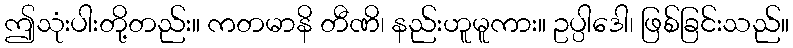
ဤသုံးပါးတို့တည်း။ ကတမာနိ တီဏိ၊ နည်းဟူမူကား။ ဥပ္ပါဒေါ၊ ဖြစ်ခြင်းသည်။